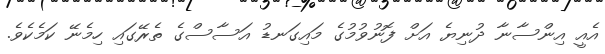
އެއީ އިންސާނާ ދުނިޔެ އަށް ފޮނުވުމުގެ މައިގަނޑު އަސާސްގެ ތެރޭގައި ހިމެނޭ ކަމެކެވެ.